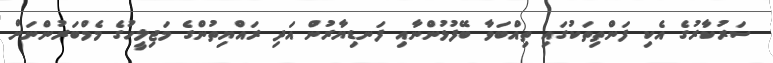
ސަރުކާރުގެ އެކި ފަންތިތަކުގައި ތިއްބަވާ ބޭފުޅުންނާއި ފަނޑިޔާރުން އަދި ރައްޔިތުންގެ މަޖިލީހުގެ މެމްބަރުންނަށް